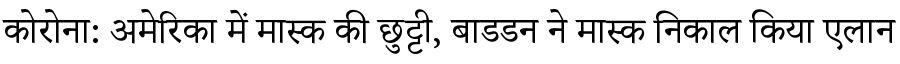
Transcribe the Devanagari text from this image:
कोरोना: अमेरिका में मास्क की छुट्टी, बाडडन ने मास्क निकाल किया एलान